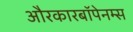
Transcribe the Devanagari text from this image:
औरकारबॉपेनम्स